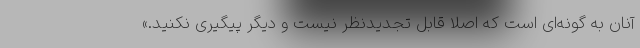
آنان به گونه‌ای است که اصلا قابل تجدیدنظر نیست و دیگر پیگیری نکنید.»